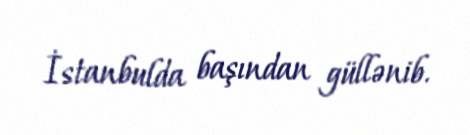
İstanbulda başından güllənib.